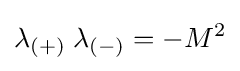
\lambda _{(+)}\;\lambda _{(-)}=-M^{2}